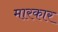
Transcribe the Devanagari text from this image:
मारकार